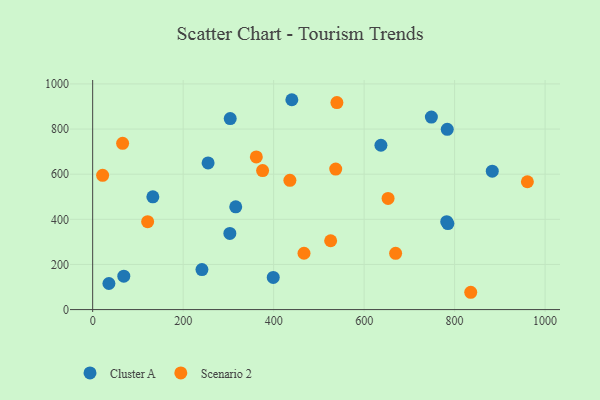
{"axis": {"x": "Price", "y": "Yield"}, "legend": ["Cluster A", "Scenario 2"], "data": [{"x": "255.1", "y": 649.8, "type": "Cluster A"}, {"x": "785.1", "y": 381.1, "type": "Cluster A"}, {"x": "68.8", "y": 147.9, "type": "Cluster A"}, {"x": "440.2", "y": 930.0, "type": "Cluster A"}, {"x": "316.2", "y": 455.4, "type": "Cluster A"}, {"x": "241.5", "y": 177.2, "type": "Cluster A"}, {"x": "133.0", "y": 499.9, "type": "Cluster A"}, {"x": "303.2", "y": 337.4, "type": "Cluster A"}, {"x": "783.7", "y": 798.7, "type": "Cluster A"}, {"x": "304.0", "y": 846.4, "type": "Cluster A"}, {"x": "35.9", "y": 115.6, "type": "Cluster A"}, {"x": "637.1", "y": 728.3, "type": "Cluster A"}, {"x": "782.5", "y": 389.7, "type": "Cluster A"}, {"x": "883.2", "y": 613.2, "type": "Cluster A"}, {"x": "748.6", "y": 853.2, "type": "Cluster A"}, {"x": "399.1", "y": 142.7, "type": "Cluster A"}, {"x": "361.7", "y": 676.6, "type": "Scenario 2"}, {"x": "539.8", "y": 917.4, "type": "Scenario 2"}, {"x": "526.0", "y": 305.1, "type": "Scenario 2"}, {"x": "375.6", "y": 615.9, "type": "Scenario 2"}, {"x": "652.9", "y": 492.4, "type": "Scenario 2"}, {"x": "669.6", "y": 249.4, "type": "Scenario 2"}, {"x": "22.0", "y": 594.9, "type": "Scenario 2"}, {"x": "467.1", "y": 249.7, "type": "Scenario 2"}, {"x": "121.5", "y": 389.6, "type": "Scenario 2"}, {"x": "960.8", "y": 566.5, "type": "Scenario 2"}, {"x": "435.9", "y": 572.9, "type": "Scenario 2"}, {"x": "66.2", "y": 736.9, "type": "Scenario 2"}, {"x": "835.6", "y": 76.7, "type": "Scenario 2"}, {"x": "537.2", "y": 622.6, "type": "Scenario 2"}]}